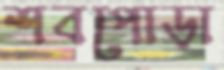
শবপোড়া